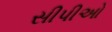
સીપીઓ